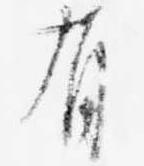
有